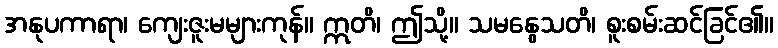
အနုပကာရာ၊ ကျေးဇူးမများကုန်။ ဣတိ၊ ဤသို့။ သမနွေသတိ၊ စူးစမ်းဆင်ခြင်၏။